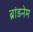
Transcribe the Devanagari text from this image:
ब्रांडनेम